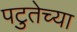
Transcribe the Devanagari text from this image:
पटुतेच्या